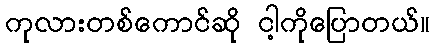
ကုလားတစ်ကောင်ဆို ငါ့ကိုပြောတယ်။